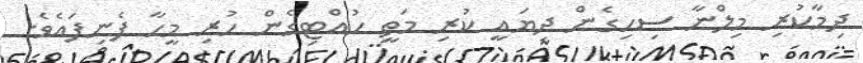
ދިމާކުރި މިލްނާ ސިހިގެން ދިޔައީ ކުރި މަތީ ހުއްޓިގެން ހުރި މީހާ ފެނިފައެވެ.